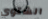
الشتوي